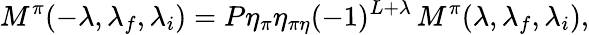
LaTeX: M^{\pi}(-\lambda,\lambda_{f},\lambda_{i})=P\eta_{\pi}\eta_{\pi\eta}(-1)^{L+\lambda}\, M^{\pi}(\lambda,\lambda_{f},\lambda_{i}),